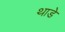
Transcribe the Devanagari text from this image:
थाडे